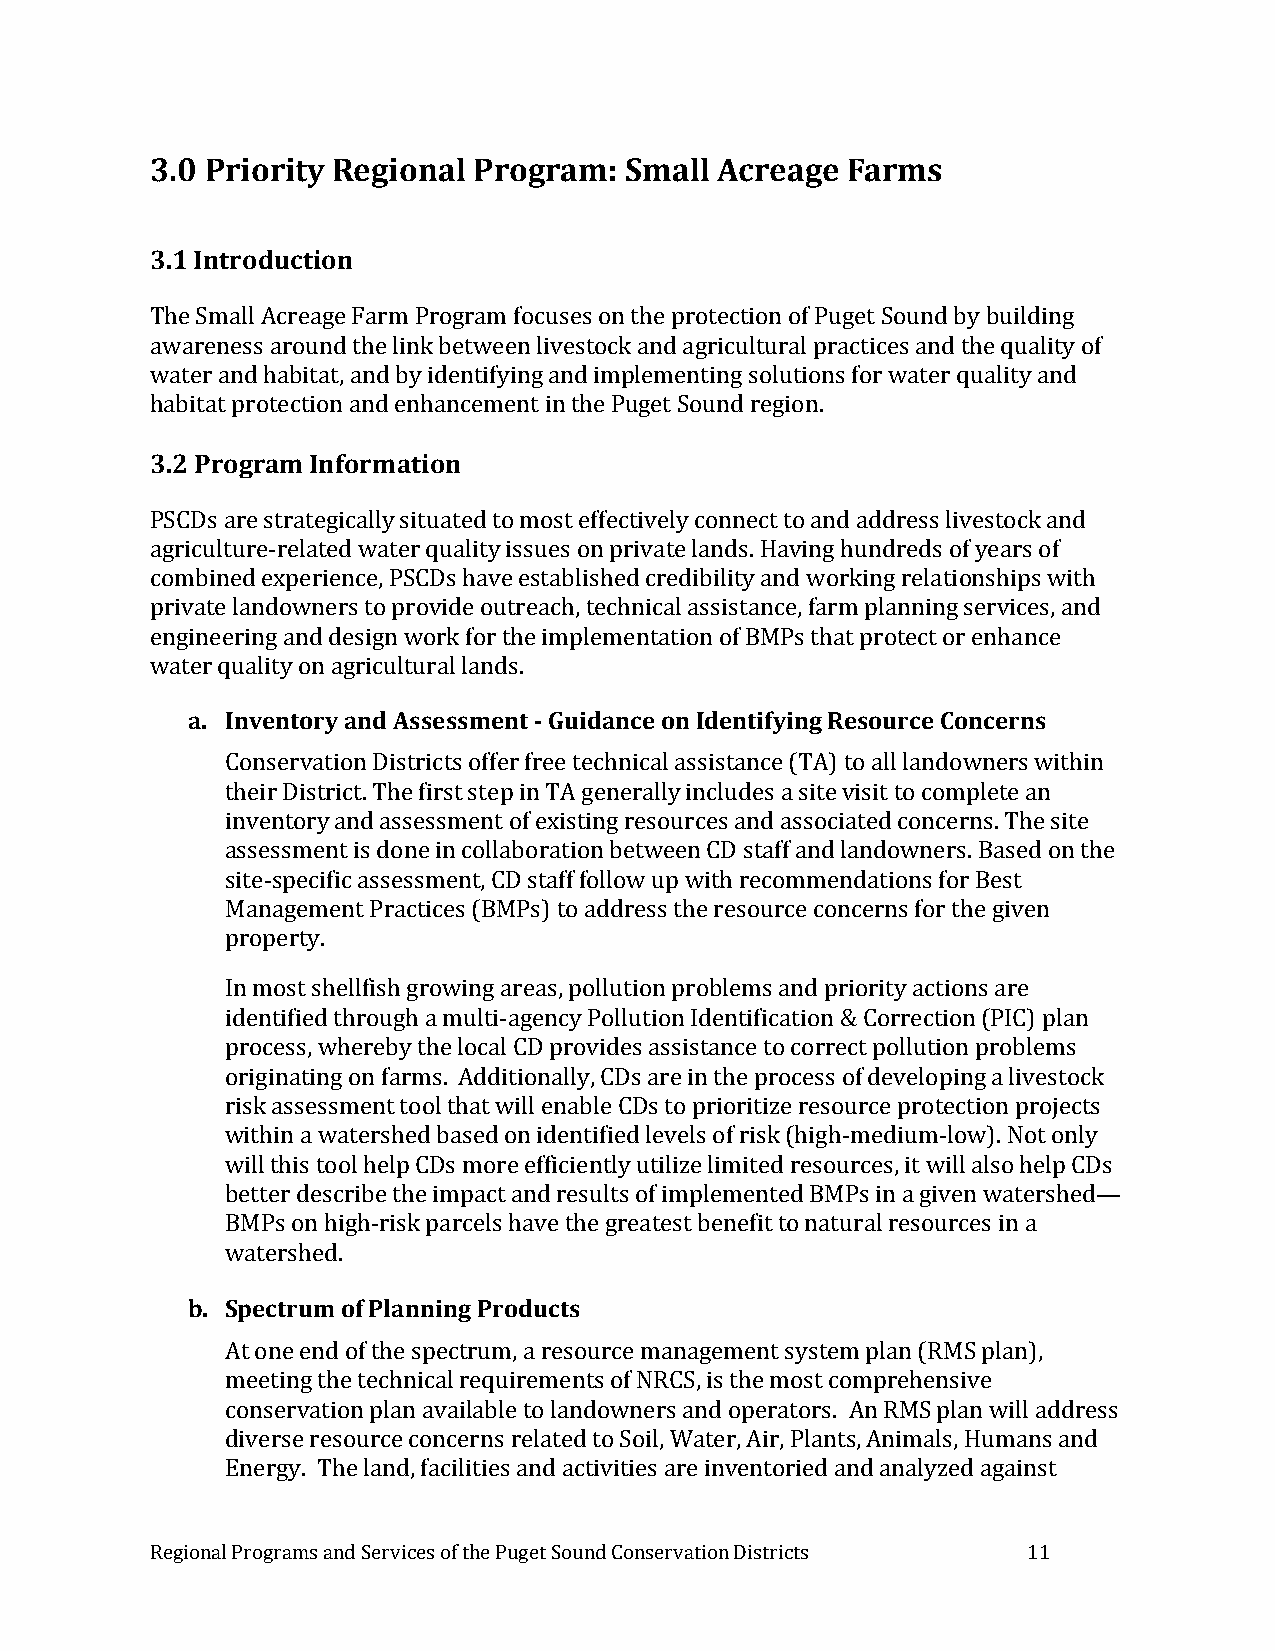
3.0 Priority Regional Program: Small  Acreage Farms
 3.1 Introduction
 The Small Acreage Farm Program focuses on the protection of Puget Sound by building
 awareness around the link between livestock and agricultural practices and the quality of
 water and habitat, and by identifying and implementing solutions for water quality and
 habitat protection and enhancement in the Puget Sound region.
 3.2 Program Information
 PSCDs are strategically situated to most effectively connect to and address livestock and
 agriculture-related water quality issues on private lands. Having hundreds of years of
 combined experience, PSCDs have established credibility and working relationships with
 private landowners to provide outreach, technical assistance, farm planning services, and
 engineering and design work for the implementation of BMPs that protect or enhance
 water quality on agricultural lands.
 a. Inventory and Assessment - Guidance on Identifying Resource Concerns
 Conservation Districts offer free technical assistance (TA) to all landowners within
 their District. The first step in TA generally includes a site visit to complete an
 inventory and assessment of existing resources and associated concerns. The site
 assessment is done in collaboration between CD staff and landowners. Based on the
 site-specific assessment, CD staff follow up with recommendations for Best
 Management Practices (BMPs) to address the resource concerns for the given
 property.
 In most shellfish growing areas, pollution problems and priority actions are
 identified through a multi-agency Pollution Identification & Correction (PIC) plan
 process, whereby the local CD provides assistance to correct pollution problems
 originating on farms. Additionally, CDs are in the process of developing a livestock
 risk assessment tool that will enable CDs to prioritize resource protection projects
 within a watershed based on identified levels of risk (high-medium-low). Not only
 will this tool help CDs more efficiently utilize limited resources, it will also help CDs
 better describe the impact and results of implemented BMPs in a given watershed—
 BMPs on high-risk parcels have the greatest benefit to natural resources in a
 watershed.
 b. Spectrum of Planning Products
 At one end of the spectrum, a resource management system plan (RMS plan),
 meeting the technical requirements of NRCS, is the most comprehensive
 conservation plan available to landowners and operators. An RMS plan will address
 diverse resource concerns related to Soil, Water, Air, Plants, Animals, Humans and
 Energy. The land, facilities and activities are inventoried and analyzed against
 Regional Programs and Services of the Puget Sound Conservation Districts 11